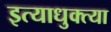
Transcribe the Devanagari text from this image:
इत्याधुक्त्या